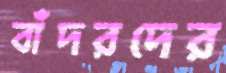
বাঁদরদের